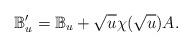
LaTeX: \begin{align*}\mathbb{B}_u'=\mathbb{B}_u+\sqrt{u}\chi(\sqrt{u})A.\end{align*}